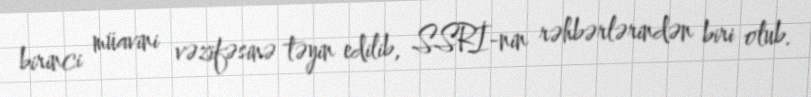
birinci müavini vəzifəsinə təyin edilib, SSRİ-nin rəhbərlərindən biri olub.